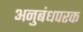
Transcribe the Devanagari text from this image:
अनुबंधपरक